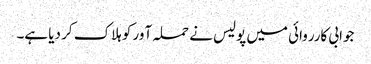
جوابی کارروائی میں پولیس نے حملہ آور کو ہلاک کر دیا ہے۔